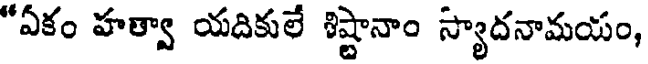
"ఏకం హత్వా యదికులే శిష్టానాం స్యాదనామయం,